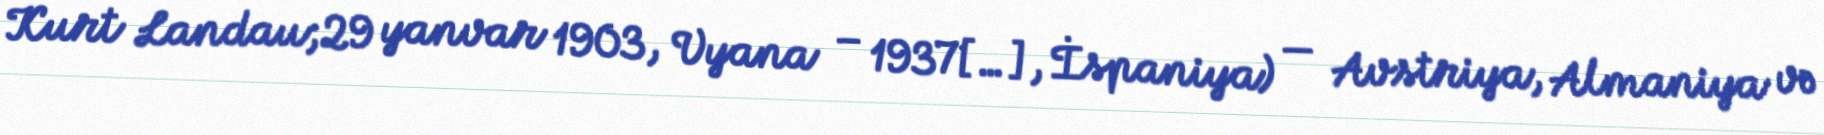
Kurt Landau;29 yanvar 1903, Vyana – 1937[…], İspaniya) — Avstriya, Almaniya və